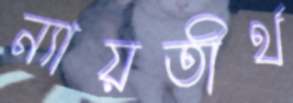
ন্যায়তীর্থ